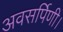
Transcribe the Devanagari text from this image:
अवसर्पिणी।